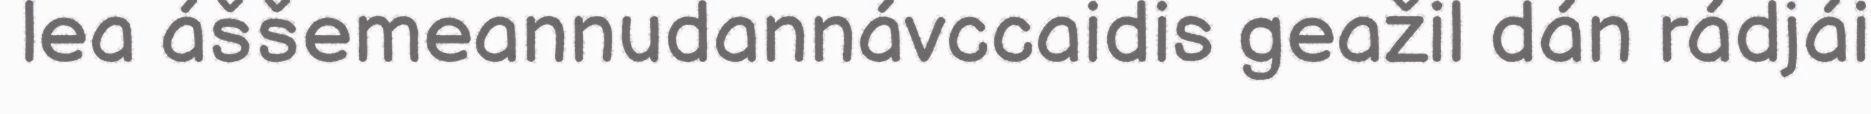
lea áššemeannudannávccaidis geažil dán rádjái